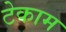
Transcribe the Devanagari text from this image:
टेकाम